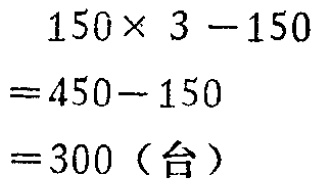
\[

\begin{align*}

&150\times 3 - 150\\

=&450 - 150\\

=&300（台）

\end{align*}

\]